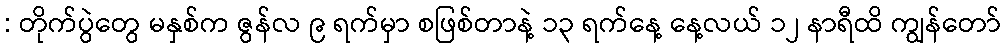
: တိုက်ပွဲတွေ မနှစ်က ဇွန်လ ၉ ရက်မှာ စဖြစ်တာနဲ့ ၁၃ ရက်နေ့ နေ့လယ် ၁၂ နာရီထိ ကျွန်တော်